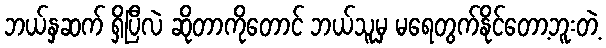
ဘယ်နှဆက် ရှိပြီလဲ ဆိုတာကိုတောင် ဘယ်သူမှ မရေတွက်နိုင်တော့ဘူးတဲ့